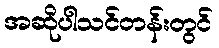
အဆိုပါသင်တန်းတွင်